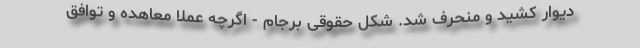
دیوار کشید و منحرف شد. شکل حقوقی برجام - اگرچه عملا معاهده و توافق